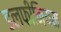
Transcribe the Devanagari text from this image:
डलफीनियम